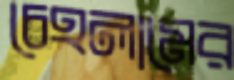
চেহলামের